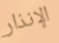
الإنذار